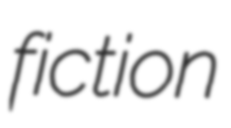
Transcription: fiction